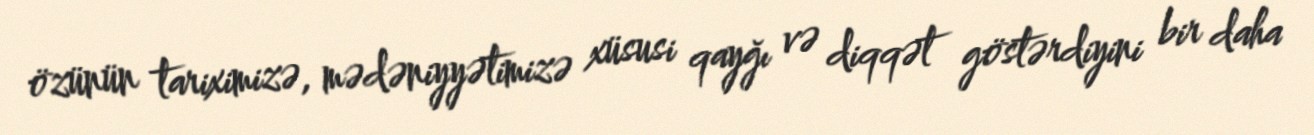
özünün tariximizə, mədəniyyətimizə xüsusi qayğı və diqqət göstərdiyini bir daha